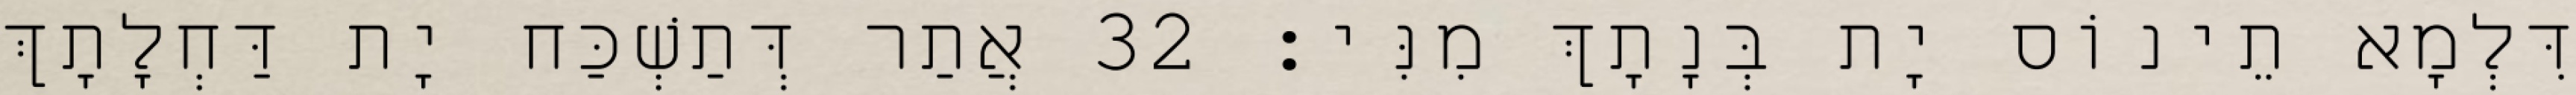
דִּלְמָא תֵינוֹס יָת בְּנָתָךְ מִנִּי׃ 32 אֲתַר דְּתַשְׁכַּח יָת דַּחְלָתָךְ